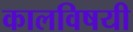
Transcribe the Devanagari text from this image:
कालविषयी